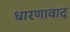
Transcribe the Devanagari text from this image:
धारणावाद